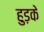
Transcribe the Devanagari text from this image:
हुड़के